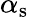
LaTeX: \alpha_{\mathrm{s}}